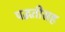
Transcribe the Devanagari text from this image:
पद्धतीसह